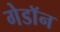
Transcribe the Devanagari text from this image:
गेडाॅन